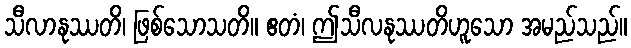
သီလာနုဿတိ၊ ဖြစ်သောသတိ။ ဧတံ၊ ဤသီလနုဿတိဟူသော အမည်သည်။